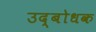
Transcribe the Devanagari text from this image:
उद्‍बोधक